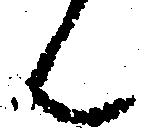
ん